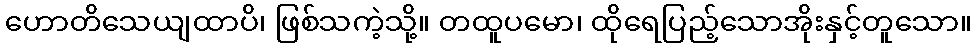
ဟောတိသေယျထာပိ၊ ဖြစ်သကဲ့သို့။ တထူပမော၊ ထိုရေပြည့်သောအိုးနှင့်တူသော။